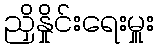
ညှိနှိုင်းရေးမှူး